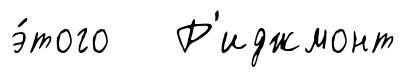
э́того Р'иджмонт